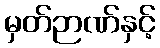
မှတ်ဉာဏ်နှင့်